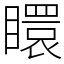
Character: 䁵